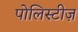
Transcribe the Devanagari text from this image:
पोलिस्टीज़